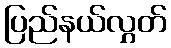
ပြည်နယ်လွှတ်